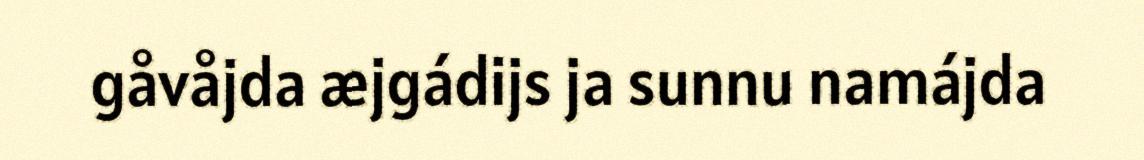
gåvåjda æjgádijs ja sunnu namájda